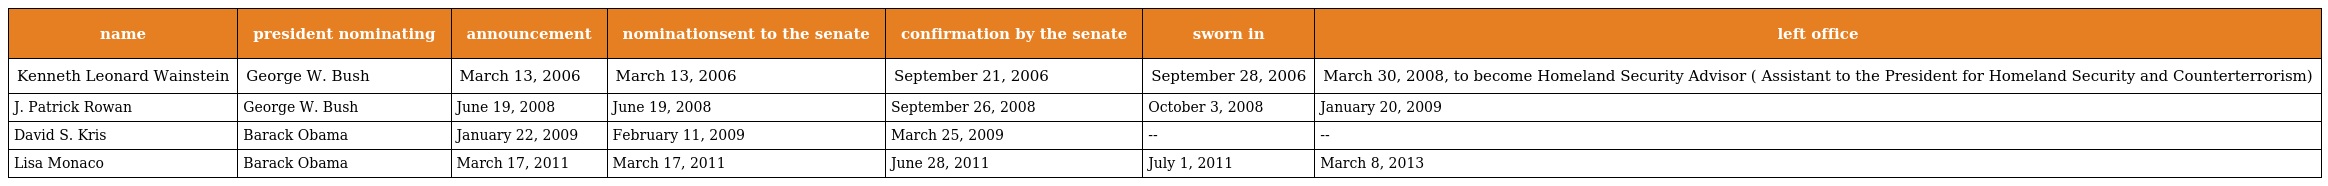
| name | president nominating | announcement | nominationsent to the senate | confirmation by the senate | sworn in | left office |
 | --- | --- | --- | --- | --- | --- | --- |
 | Kenneth Leonard Wainstein | George W. Bush | March 13, 2006 | March 13, 2006 | September 21, 2006 | September 28, 2006 | March 30, 2008, to become Homeland Security Advisor ( Assistant to the President for Homeland Security and Counterterrorism) |
 | J. Patrick Rowan | George W. Bush | June 19, 2008 | June 19, 2008 | September 26, 2008 | October 3, 2008 | January 20, 2009 |
 | David S. Kris | Barack Obama | January 22, 2009 | February 11, 2009 | March 25, 2009 | -- | -- |
 | Lisa Monaco | Barack Obama | March 17, 2011 | March 17, 2011 | June 28, 2011 | July 1, 2011 | March 8, 2013 |